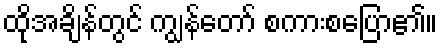
ထိုအချိန်တွင် ကျွန်တော် စကားစပြော၏။